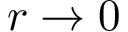
r \rightarrow 0